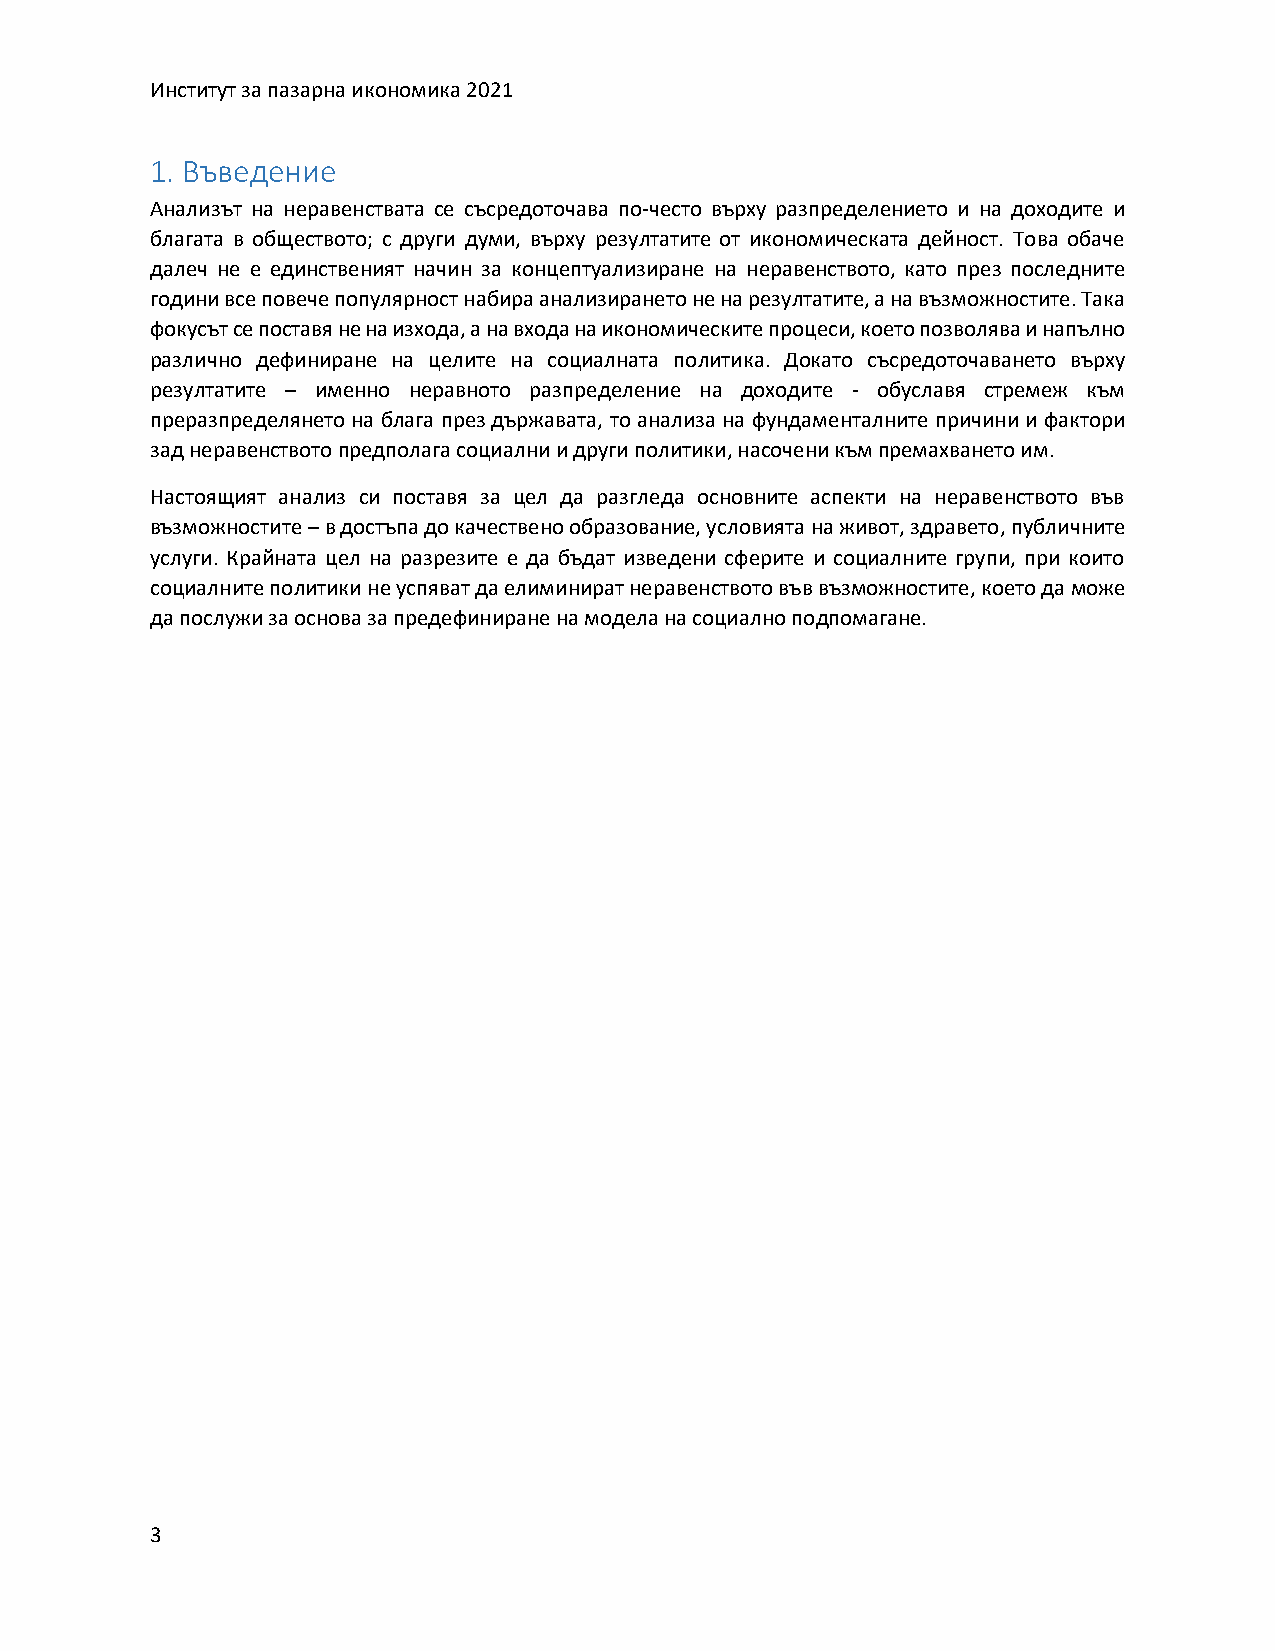
Институт за пазарна икономика 2021
 1. Въведение
 Анализът на неравенствата се съсредоточава по-често върху разпределението и на доходите и
 благата в обществото; с други думи, върху резултатите от икономическата дейност. Това обаче
 далеч не е единственият начин за концептуализиране на неравенството, като през последните
 години все повече популярност набира анализирането не на резултатите, а на възможностите. Така
 фокусът се поставя не на изхода, а на входа на икономическите процеси, което позволява и напълно
 различно дефиниране на целите на социалната политика. Докато съсредоточаването върху
 резултатите – именно неравното разпределение на доходите - обуславя стремеж към
 преразпределянето на блага през държавата, то анализа на фундаменталните причини и фактори
 зад неравенството предполага социални и други политики, насочени към премахването им.
 Настоящият анализ си поставя за цел да разгледа основните аспекти на неравенството във
 възможностите – в достъпа до качествено образование, условията на живот, здравето, публичните
 услуги. Крайната цел на разрезите е да бъдат изведени сферите и социалните групи, при които
 социалните политики не успяват да елиминират неравенството във възможностите, което да може
 да послужи за основа за предефиниране на модела на социално подпомагане.
 3